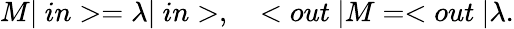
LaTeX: M|\ in>=\lambda|\ in>,\quad<out\ |M=<out\ |\lambda.